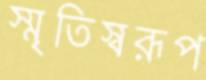
স্মৃতিস্বরূপ